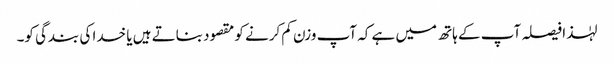
لہٰذا فیصلہ آپ کے ہاتھ میں ہے کہ آپ وزن کم کرنے کو مقصود بناتے ہیں یا خدا کی بندگی کو۔